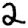
Digit: 2